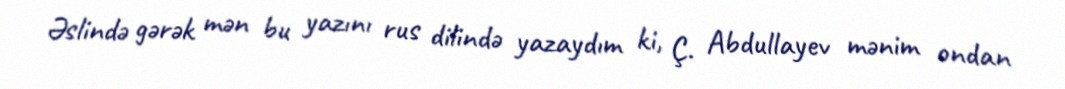
Əslində gərək mən bu yazını rus dilində yazaydım ki, Ç. Abdullayev mənim ondan